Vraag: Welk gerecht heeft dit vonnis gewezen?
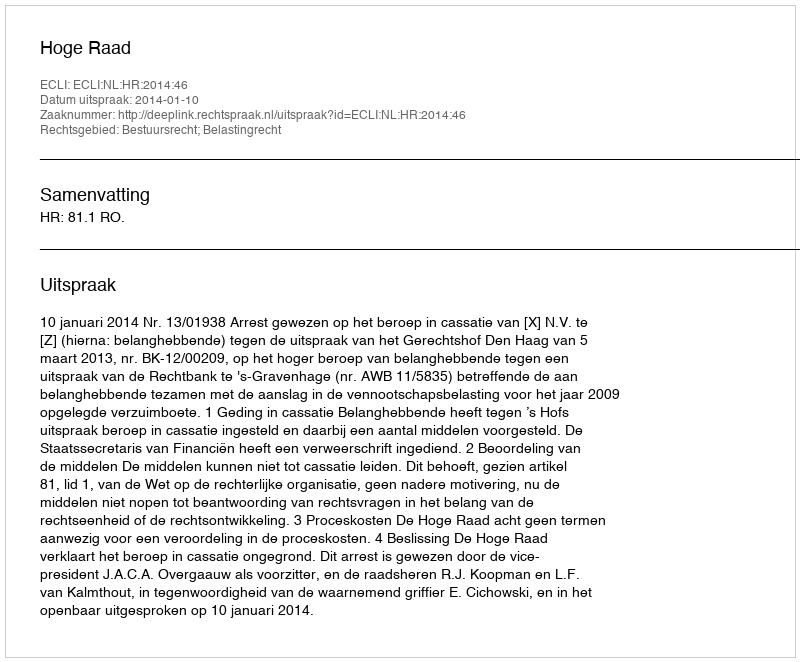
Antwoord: Hoge Raad